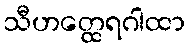
သီဟတ္ထေရဂါထာ